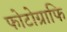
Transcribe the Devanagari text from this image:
फोटोग्राफि